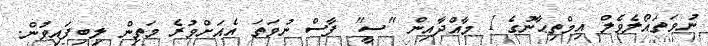
ނުވަތައޯލެވެލް އިމްތިޙާނުގެ 1 މާއްދާއިން "ސީ" ފާސް ނުވަތަ އެއަށްވުރެ މަތިން ލިބިފައިވުން.